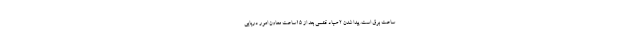
ساعت برق است. پیدا شدن 2 صیاد قشمی بعد از ۱۵ساعت معاون امور دریایی